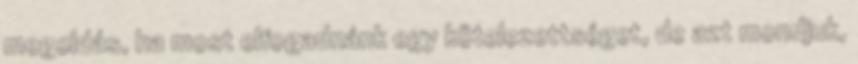
megoldás, ha most elfogadnánk egy kötelezettséget, de azt mondjuk,